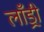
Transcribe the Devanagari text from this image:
लाँड्री